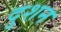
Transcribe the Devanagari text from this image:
दुशन